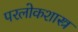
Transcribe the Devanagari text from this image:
परलोकशास्त्र